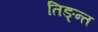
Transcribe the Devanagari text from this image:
तिङ्न्त